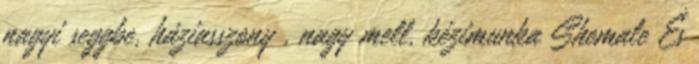
nagyi seggbe, háziasszony , nagy mell, kézimunka Shemale És